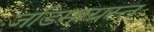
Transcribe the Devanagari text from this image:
जडिमाग्रस्त